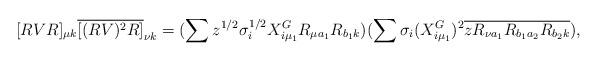
LaTeX: \begin{align*} [RVR]_{\mu k}\overline{[(RV)^2R]}_{\nu k}= (\sum z^{1/2}\sigma_i^{1/2} X_{i \mu_1}^G R_{\mu a_1} R_{b_1 k} )(\sum \sigma_i(X_{i \mu_1}^G)^2 \overline{zR_{\nu a_1} R_{b_1 a_2} R_{b_2 k}} ),\end{align*}